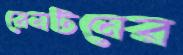
রেনটনের